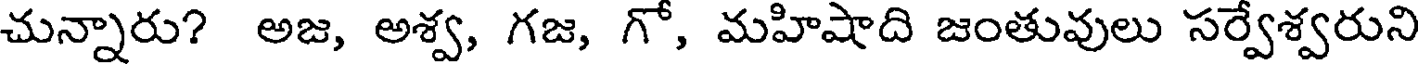
చున్నారు? అజ, అశ్వ, గజ, గో, మహిషాది జంతువులు సర్వేశ్వరుని